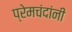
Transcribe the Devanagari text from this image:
प्रेमचंदांनी